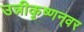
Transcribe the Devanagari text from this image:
उन्नीकृष्णन्‌वर